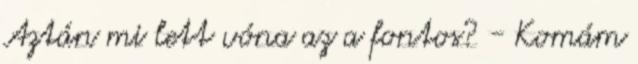
Aztán mi lett vóna az a fontos? - Komám